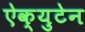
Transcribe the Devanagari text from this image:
ऐक्युटेन